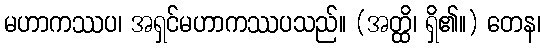
မဟာကဿပ၊ အရှင်မဟာကဿပသည်။ (အတ္ထိ၊ ရှိ၏။) တေန၊